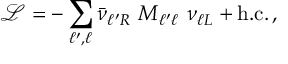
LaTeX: \mathcal { L } = - \sum _ { \ell ^ { \prime } , \ell } \bar { \nu } _ { \ell ^ { \prime } R } \ M _ { \ell ^ { \prime } \ell } \ \nu _ { \ell L } + \mathrm { h . c . } \, ,